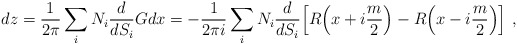
\begin{align*}dz=\frac{1}{2\pi}\sum_iN_i\frac{d}{dS_i}Gdx=-\frac{1}{2\pi i}\sum_iN_i\frac{d}{dS_i}\Big[R\Big(x+i\frac{m}{2}\Big)-R\Big(x-i\frac{m}{2}\Big)\Big] \ ,\end{align*}